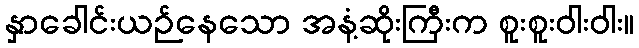
နှာခေါင်းယဉ်နေသော အနံ့ဆိုးကြီးက စူးစူးဝါးဝါး။